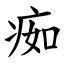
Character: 㾒